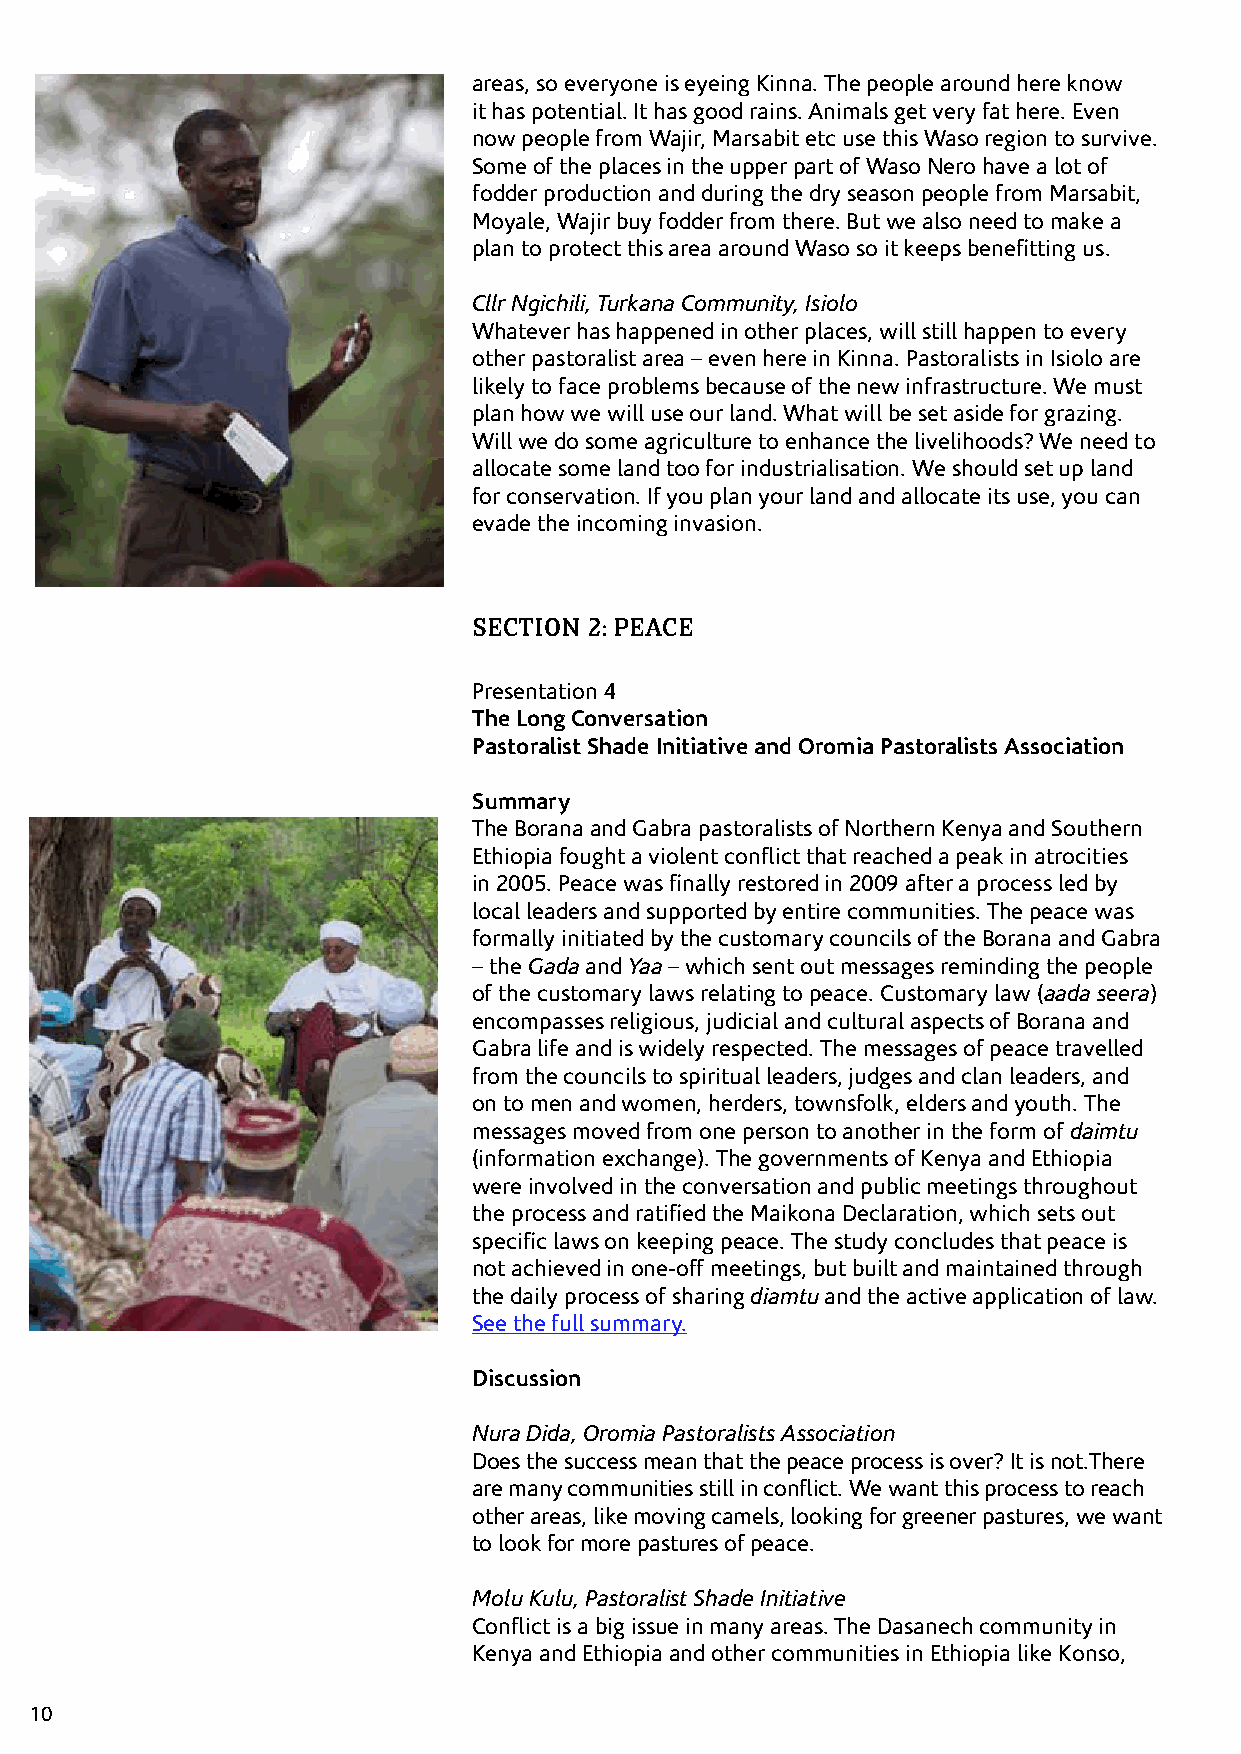
areas, so everyone is eyeing Kinna. The people around here know
 it has potential. It has good rains. Animals get very fat here. Even
 now people from Wajir, Marsabit etc use this Waso region to survive.
 Some of the places in the upper part of Waso Nero have a lot of
 fodder production and during the dry season people from Marsabit,
 Moyale, Wajir buy fodder from there. But we also need to make a
 plan to protect this area around Waso so it keeps benefitting us.
 Cllr Ngichili, Turkana Community, Isiolo
 Whatever has happened in other places, will still happen to every
 other pastoralist area – even here in Kinna. Pastoralists in Isiolo are
 likely to face problems because of the new infrastructure. We must
 plan how we will use our land. What will be set aside for grazing.
 Will we do some agriculture to enhance the livelihoods? We need to
 allocate some land too for industrialisation. We should set up land
 for conservation. If you plan your land and allocate its use, you can
 evade the incoming invasion.
 SECTION 2: PEACE
 Presentation 4
 The Long Conversation
 Pastoralist Shade Initiative and Oromia Pastoralists Association
 Summary
 The Borana and Gabra pastoralists of Northern Kenya and Southern
 Ethiopia fought a violent conflict that reached a peak in atrocities
 in 2005. Peace was finally restored in 2009 after a process led by
 local leaders and supported by entire communities. The peace was
 formally initiated by the customary councils of the Borana and Gabra
 – the Gada and Yaa – which sent out messages reminding the people
 of the customary laws relating to peace. Customary law (aada seera)
 encompasses religious, judicial and cultural aspects of Borana and
 Gabra life and is widely respected. The messages of peace travelled
 from the councils to spiritual leaders, judges and clan leaders, and
 on to men and women, herders, townsfolk, elders and youth. The
 messages moved from one person to another in the form of daimtu
 (information exchange). The governments of Kenya and Ethiopia
 were involved in the conversation and public meetings throughout
 the process and ratified the Maikona Declaration, which sets out
 specific laws on keeping peace. The study concludes that peace is
 not achieved in one-off meetings, but built and maintained through
 the daily process of sharing diamtu and the active application of law.
 See the full summary.
 Discussion
 Nura Dida, Oromia Pastoralists Association
 Does the success mean that the peace process is over? It is not.There
 are many communities still in conflict. We want this process to reach
 other areas, like moving camels, looking for greener pastures, we want
 to look for more pastures of peace.
 Molu Kulu, Pastoralist Shade Initiative
 Conflict is a big issue in many areas. The Dasanech community in
 Kenya and Ethiopia and other communities in Ethiopia like Konso,
 10